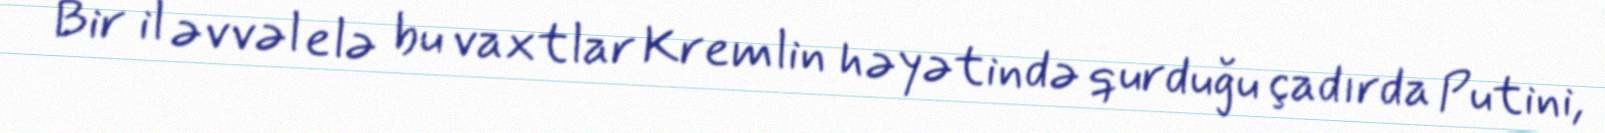
Bir il əvvəl elə bu vaxtlar Kremlin həyətində qurduğu çadırda Putini,